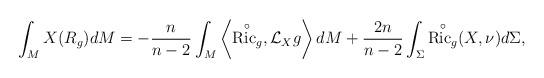
LaTeX: \begin{align*}\int_{M}X(R_g)dM=-\frac{n}{n-2}\int_{M} \left\langle {\stackrel{\circ}{{\rm Ric}_g}},\mathcal{L}_{X}g\right\rangle dM+\frac{2n}{n-2}\int_{\Sigma}{\stackrel{\circ}{{\rm Ric}_g}}(X,\nu)d\Sigma,\end{align*}